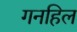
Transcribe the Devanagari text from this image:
गनहिल